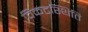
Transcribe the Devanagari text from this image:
विकटस्थिति